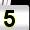
Digit: 5